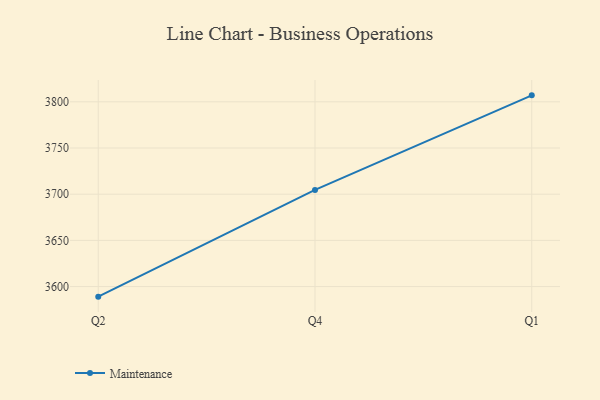
{"axis": {"x": "Quarter", "y": "Humidity (%)"}, "legend": ["Maintenance"], "data": [{"x": "Q2", "y": 3589.1, "type": "Maintenance"}, {"x": "Q4", "y": 3704.6, "type": "Maintenance"}, {"x": "Q1", "y": 3807.0, "type": "Maintenance"}]}